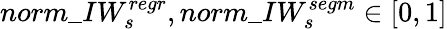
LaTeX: norm\_ IW_{s}^{regr},norm\_ IW_{s}^{segm}\in[0,1]